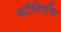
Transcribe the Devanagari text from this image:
फीलिपींस